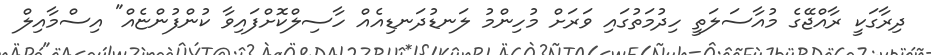
ދިރާގަކީ ރާއްޖޭގެ މުއާސަލަތީ ހިދުމަތުގައި ވަރަށް މުހިންމު ލަނޑުދަނޑިއެއް ހާސިލްކޮށްފައިވާ ކުންފުންޏެއް" އިސްމާއިލް